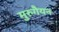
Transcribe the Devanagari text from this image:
मुरुगैयन